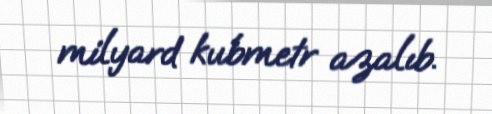
milyard kubmetr azalıb.